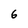
Character: 6